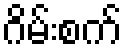
ဂိမ်းစက်